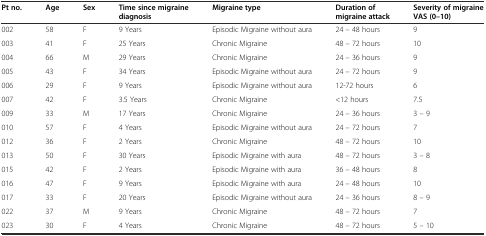
| Pt no. | Age | Sex | Time since migraine diagnosis | Migraine type | Duration of migraine attack | Severity of migraine VAS (0–10) |
 | --- | --- | --- | --- | --- | --- | --- |
 | 002 | 58 | F | 9 Years | Episodic Migraine without aura | 24 – 48 hours | 9 |
 | 003 | 41 | F | 25 Years | Chronic Migraine | 48 – 72 hours | 10 |
 | 004 | 66 | M | 29 Years | Chronic Migraine | 24 – 36 hours | 9 |
 | 005 | 43 | F | 34 Years | Episodic Migraine without aura | 24 – 72 hours | 9 |
 | 006 | 29 | F | 9 Years | Episodic Migraine without aura | 12-72 hours | 6 |
 | 007 | 42 | F | 3.5 Years | Chronic Migraine | <12 hours | 7.5 |
 | 009 | 33 | M | 17 Years | Chronic Migraine | 24 – 36 hours | 3 – 9 |
 | 010 | 57 | F | 4 Years | Episodic Migraine without aura | 24 – 72 hours | 7 |
 | 012 | 36 | F | 2 Years | Chronic Migraine | 48 – 72 hours | 10 |
 | 013 | 50 | F | 30 Years | Episodic Migraine with aura | 48 – 72 hours | 3 – 8 |
 | 015 | 42 | F | 2 Years | Episodic Migraine with aura | 36 – 48 hours | 8 |
 | 016 | 47 | F | 9 Years | Episodic Migraine with aura | 24 – 48 hours | 10 |
 | 017 | 33 | F | 20 Years | Episodic Migraine without aura | 24 – 36 hours | 8 – 9 |
 | 022 | 37 | M | 9 Years | Chronic Migraine | 48 – 72 hours | 7 |
 | 023 | 30 | F | 4 Years | Chronic Migraine | 48 – 72 hours | 5 – 10 |